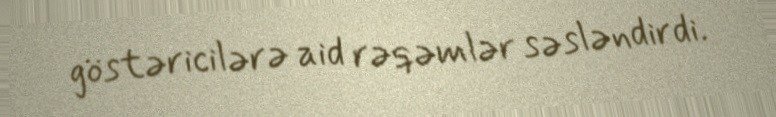
göstəricilərə aid rəqəmlər səsləndirdi.